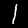
Label: 1